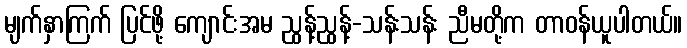
မျက်နှာကြက် ပြင်ဖို့ ကျောင်းအမ ညွန့်ညွန့်-သန်းသန်း ညီမတို့က တာဝန်ယူပါတယ်။